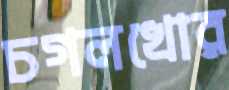
চগলখোর